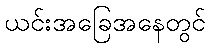
ယင်းအခြေအနေတွင်